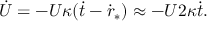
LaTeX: \dot { U } = - U \kappa ( \dot { t } - \dot { r } _ { * } ) \approx - U 2 \kappa \dot { t } .